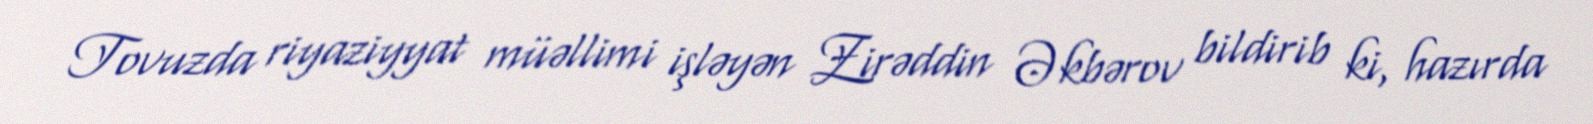
Tovuzda riyaziyyat müəllimi işləyən Zirəddin Əkbərov bildirib ki, hazırda